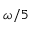
\omega / 5